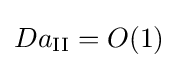
Da_{\mathrm {II} }=O(1)